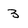
Character: 3